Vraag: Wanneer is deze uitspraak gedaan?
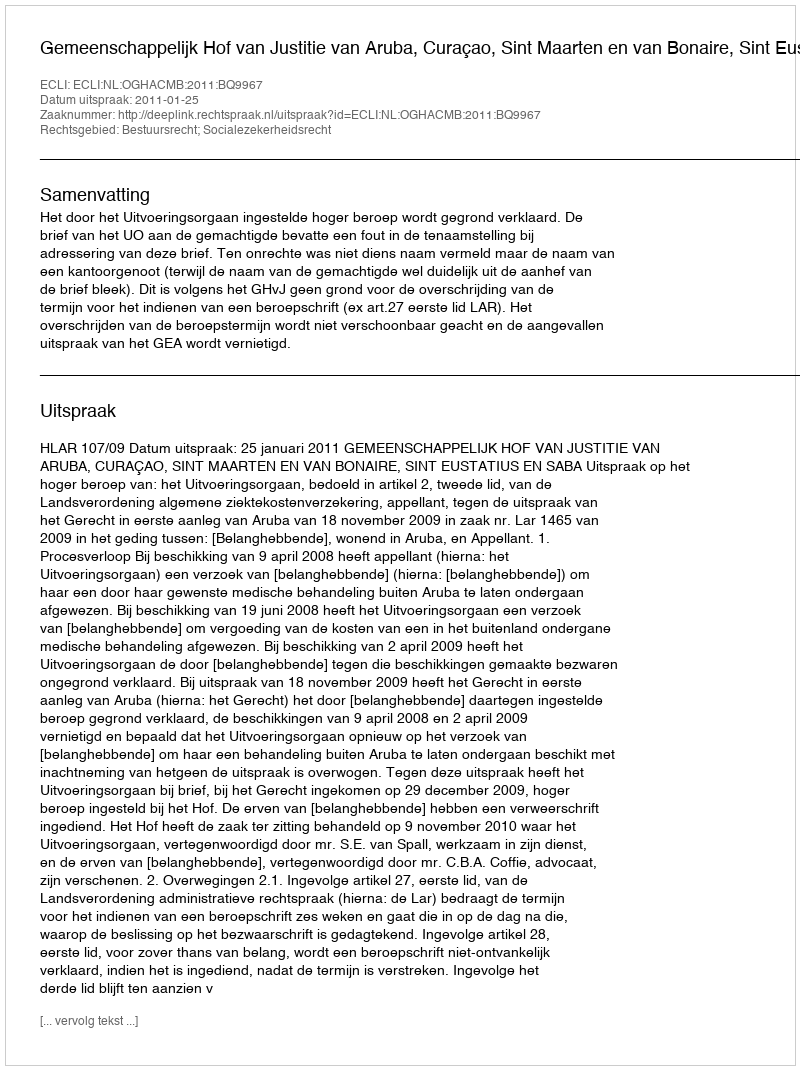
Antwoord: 2011-01-25